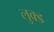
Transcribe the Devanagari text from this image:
लुक्ड